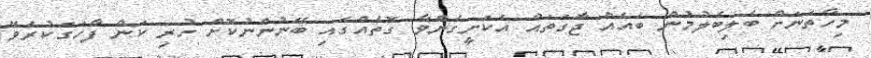
މިހާތަނަށް ބެލިބެލުމުން ބައެއް ޖާގަތައް އެކަށީގެންވާ ގޮތެއްގައި ބޭނުންނުކޮށް ހުރި ކަން ފާހަގަކުރެވޭ